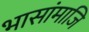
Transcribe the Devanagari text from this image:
भासांमाजि